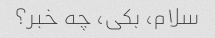
سلام، بکی، چه خبر؟